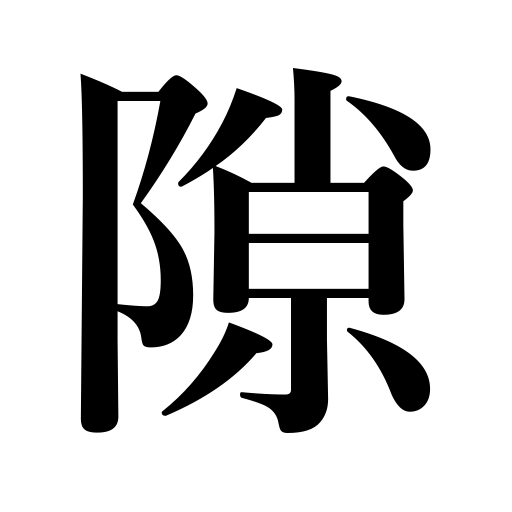
Meanings: crevice,chink,chance,gap,unpreparedness,crack,time,room,unguarded moment,fissure,leisure,space,discord,opportunity